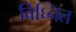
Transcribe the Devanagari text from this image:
विघ्नित